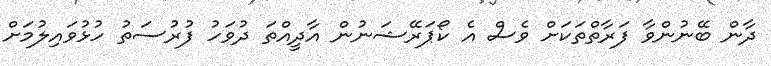
ދާން ބޭނުންވާ ފަރާތްތަކަށް ވެސް އެ ކޯޕަރޭޝަނުން އާދީއްތަ ދުވަހު ފުރުސަތު ހުޅުވައިލުމަށް